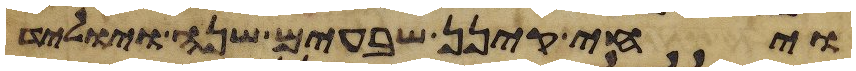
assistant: ויחי קינן שבעים שנה ויוליד